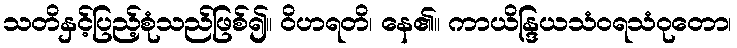
သတိနှင့်ပြည့်စုံသည်ဖြစ်၍။ ဝိဟရတိ၊ နေ၏။ ကာယိန္ဒြယသံဝရသံဝုတော၊